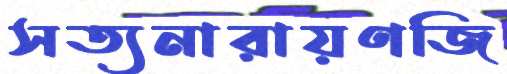
সত্যনারায়ণজি